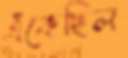
এঁকেছিল